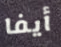
أيفا